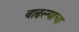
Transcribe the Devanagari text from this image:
वाढल्याचा